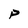
Character: P